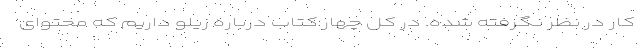
کار در نظر نگرفته شده. در کل چهار کتاب درباره زیلو داریم که محتوای